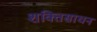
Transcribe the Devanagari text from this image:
शक्तिसाधन